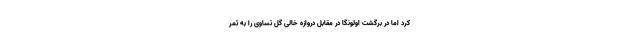
کرد اما در برگشت اولونگا در مقابل دروازه خالی گل تساوی را به ثمر